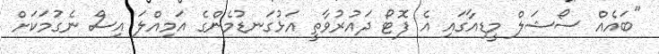
"ބައެއް ސޯޝަލް މީޑިއާގައި އެ ފޮޓޯ ދައުރުވާތީ އަޅުގަނޑުމެންގެ އަމިއްލަ އިސް ނެގުމަކަށް